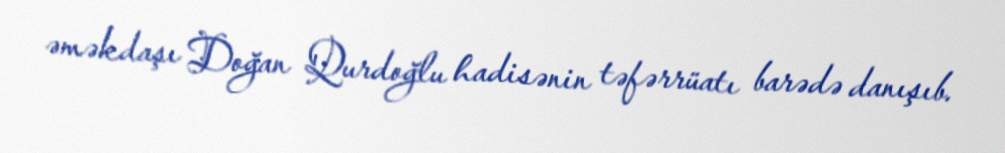
əməkdaşı Doğan Qurdoğlu hadisənin təfərrüatı barədə danışıb.